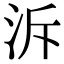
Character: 泝